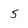
Character: 5